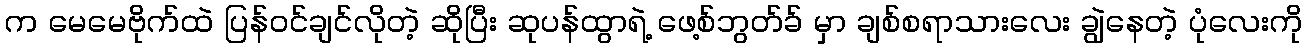
က မေမေဗိုက်ထဲ ပြန်ဝင်ချင်လိုတဲ့ ဆိုပြီး ဆုပန်ထွာရဲ့ ဖေ့စ်ဘွတ်ခ် မှာ ချစ်စရာသားလေး ချွဲနေတဲ့ ပုံလေးကို